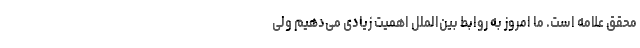
محقق علامه است. ما امروز به روابط بین‌الملل اهمیت زیادی می‌دهیم ولی